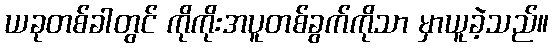
ယခုတစ်ခါတွင် ကိုကိုးအပူတစ်ခွက်ကိုသာ မှာယူခဲ့သည်။